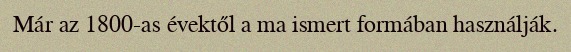
Már az 1800-as évektől a ma ismert formában használják.